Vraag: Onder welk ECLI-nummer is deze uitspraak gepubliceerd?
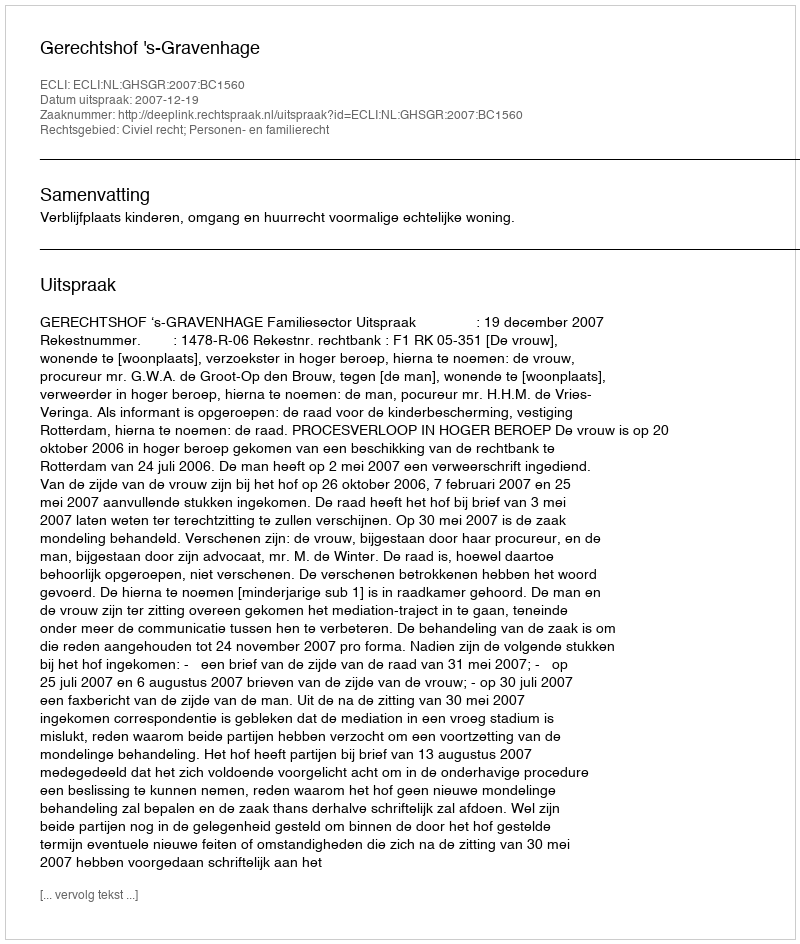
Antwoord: ECLI:NL:GHSGR:2007:BC1560